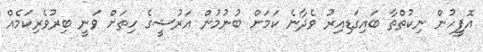
އޮފީހުން ނިކުތްތާ ބައިގަޑިއިރު ވެދާނެ ކަމަށް ބުނުމުން އަރުޝީގެ ހިތަށް ވަނީ ބިރުވެރިކަމެއް